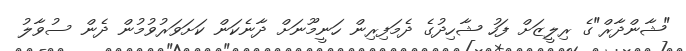
"ޝާންދާރް"ގެ ރިލީޒަށް ފަހު ޝާހިދުގެ ދެމަފިރިން ހަނީމޫނަށް ދާނެކަން ކަށަވަރުވުމުން ދެން ސުވާލު